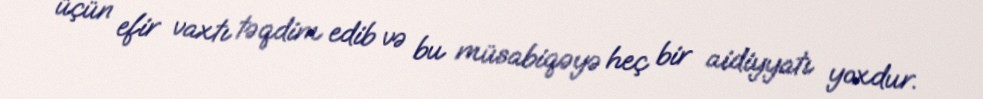
üçün efir vaxtı təqdim edib və bu müsabiqəyə heç bir aidiyyatı yoxdur.